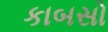
કાબસો